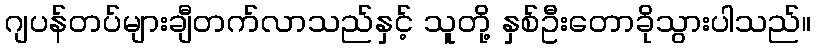
ဂျပန်တပ်များချီတက်လာသည်နှင့် သူတို့ နှစ်ဦးတောခိုသွားပါသည်။